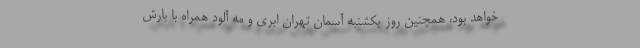
خواهد بود، همچنین روز یکشنبه آسمان تهران ابری و مه آلود همراه با بارش